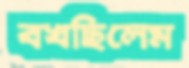
বখছিলেম